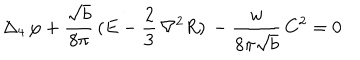
LaTeX: \Delta _ { 4 } \, \varphi + \frac { \sqrt { b } } { 8 \pi } \, ( E - \frac 2 3 \, { \nabla } ^ { 2 } R ) \, - \frac { w } { 8 \pi \sqrt { b } } \, C ^ { 2 } = 0